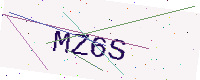
Text: MZ6S